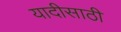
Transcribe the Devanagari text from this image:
यादीसाठी